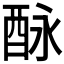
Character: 𨠕